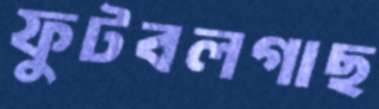
ফুটবলগাছ